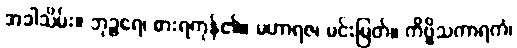
အခါသိမ်း။ ဘုဉ္ဇရေ၊ စားရကုန်၏။ မဟာရဇ၊ မင်းမြတ်။ ကိဗ္ဗိသကာရကံ၊